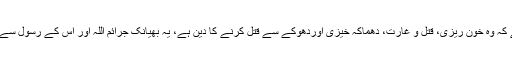
اور جو دین اس اصول پر قائم ہے اس کے بارے میں یہ کہنا ناممکن ہے کہ وہ خون ریزی، قتل و غارت، دھماکہ خیزی اوردھوکے سے قتل کرنے کا دین ہے، یہ بھیانک جرائم اللہ اور اس کے رسول سے خیانت، اسلام اور مسلمانوں پر جھوٹ، افتراء پردازی اور کھلا ظلم ہے۔